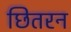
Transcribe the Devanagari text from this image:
छितरन